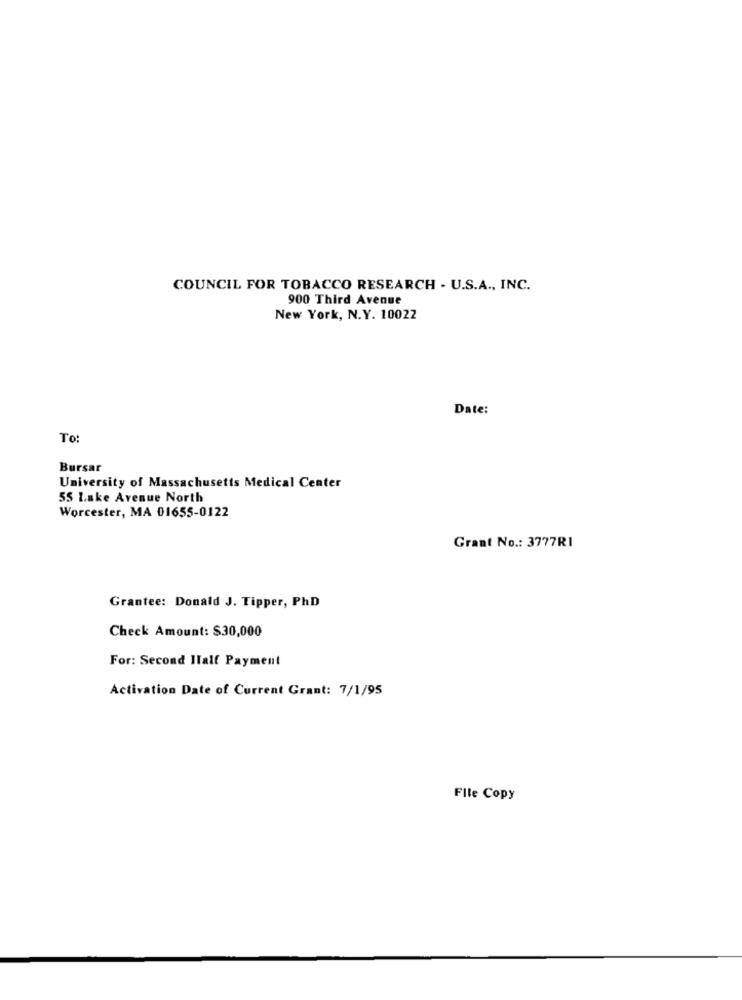
COUNCIL FOR TOBACCO RESEARCH - U.S.A ., INC.
900 Third Avenue
New York, N.Y. 10022
Date:
To
Bursar
University of Massachusetts Medical Center
55 Lake Avenue North
Worcester, MA 01655-0122
Grant No .: 3777R1
Grantee: Donald J. Tipper, PhD
Check Amount: $30,000
For: Second Half Payment
Activation Date of Current Grant: 7/1/95
File Copy